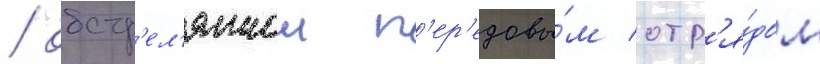
/ обстр'ел'яннои п'ер'едовы́м отр'я́дом